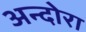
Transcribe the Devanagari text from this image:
अन्दोरा